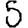
Digit: 5